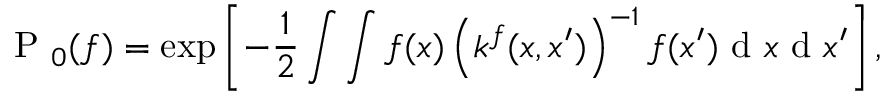
\mathrm { ~ P ~ } _ { 0 } ( { f } ) = \exp \left[ - \frac { 1 } { 2 } \int \int f ( x ) \left( k ^ { f } ( x , x ^ { \prime } ) \right) ^ { - 1 } f ( x ^ { \prime } ) \mathrm { ~ d ~ } x \mathrm { ~ d ~ } x ^ { \prime } \right] ,